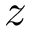
z